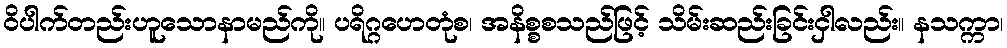
ဝိပါက်တည်းဟူသောနာမည်ကို။ ပရိဂ္ဂဟေတုံစ၊ အနိစ္စစသည်ဖြင့် သိမ်းဆည်းခြင်းငှါလည်း။ နသက္ကာ၊